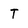
Character: T